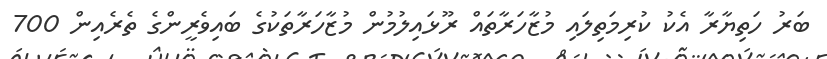
ބަރު ހަތިޔާރާ އެކު ކުރިމަތިލައި މުޒާހަރާތައް ރޫޅައިލުމުން މުޒާހަރާތަކުގެ ބައިވެރީންގެ ތެރެއިން 700